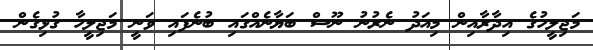
މަޖިލީހުގެ އިދާރާއިން މިއަދު ނެރުނު ނޫސް ބަޔާނެއްގައި ބުނެފައި ވަނީ މަޖިލީހާ ގުޅިގެން